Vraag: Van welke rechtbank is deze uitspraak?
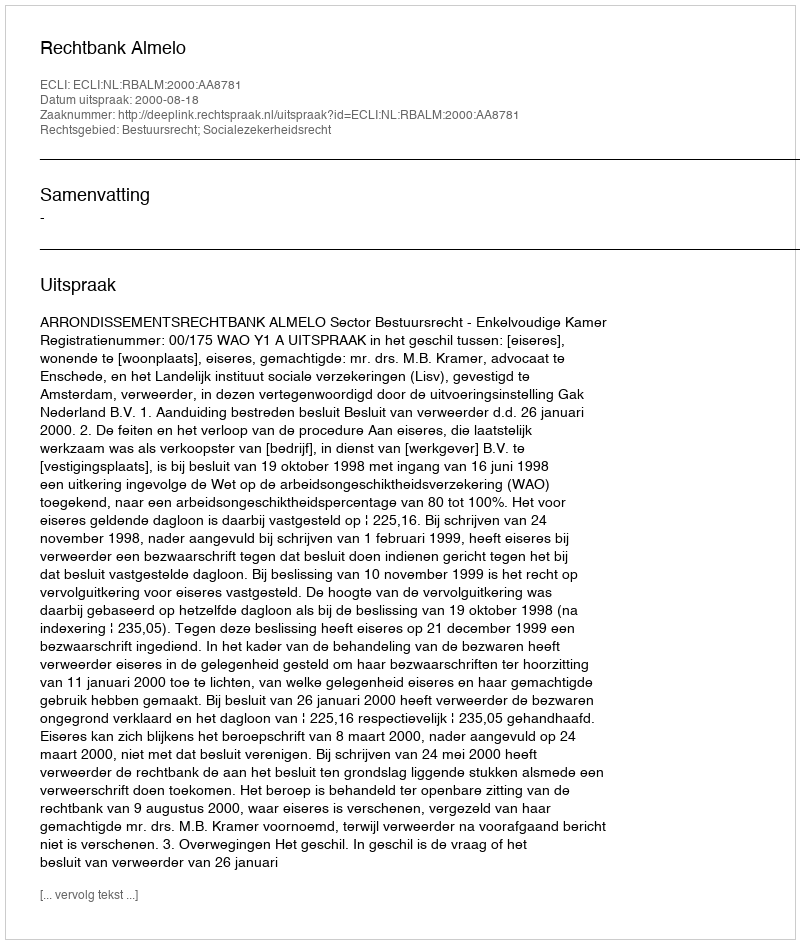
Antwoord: Rechtbank Almelo